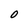
Character: O